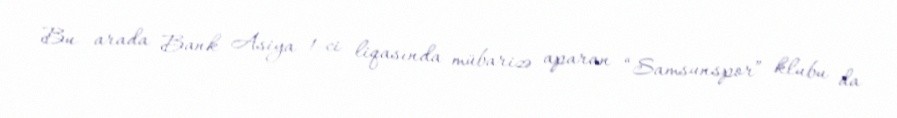
Bu arada Bank Asiya 1-ci liqasında mübarizə aparan “Samsunspor” klubu da